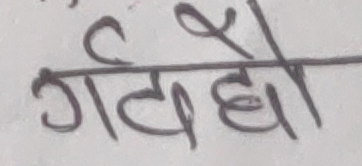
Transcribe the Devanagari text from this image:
गर्दछो